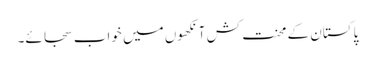
پاکستان کے محنت کش آنکھوں میں خواب سجائے۔